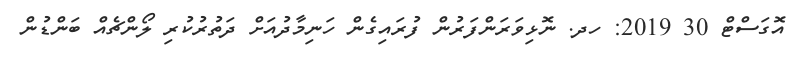
އޮގަސްޓް 30 2019: ހދ. ނޮޅިވަރަންފަރުން ފުރައިގެން ހަނިމާދުއަށް ދަތުރުކުރި ލޯންޗެއް ބަންޑުން